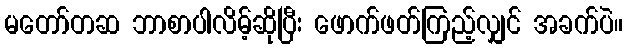
မတော်တဆ ဘာစာပါလိမ့်ဆိုပြီး ဖောက်ဖတ်ကြည့်လျှင် အခက်ပဲ။